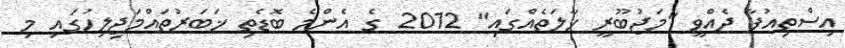
އިސްތިއުފާ ދެއްވީ "މަޖުބޫރީ ހާލަތެއްގައި" 2012 ގެ އެންމެ ބޮޑެތި ޚަބަރުތައްމަޖިލިހުގައި މި